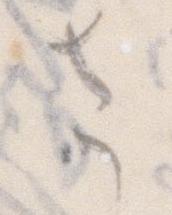
さ